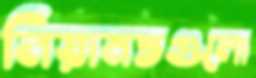
নিয়ামতগুলো